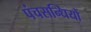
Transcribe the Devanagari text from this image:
पंचसन्धियों